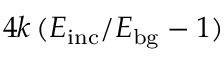
4 k \, ( E _ { \mathrm { i n c } } / E _ { \mathrm { b g } } - 1 )